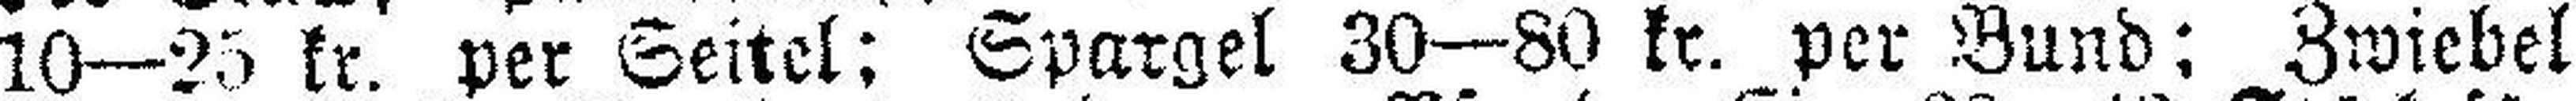
10—25 kr. per Seitel; Spargel 30—80 kr. per Bund; Zwiebel